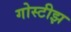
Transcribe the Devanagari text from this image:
गोस्टीझ